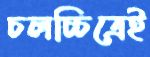
চলচ্চিত্রেই